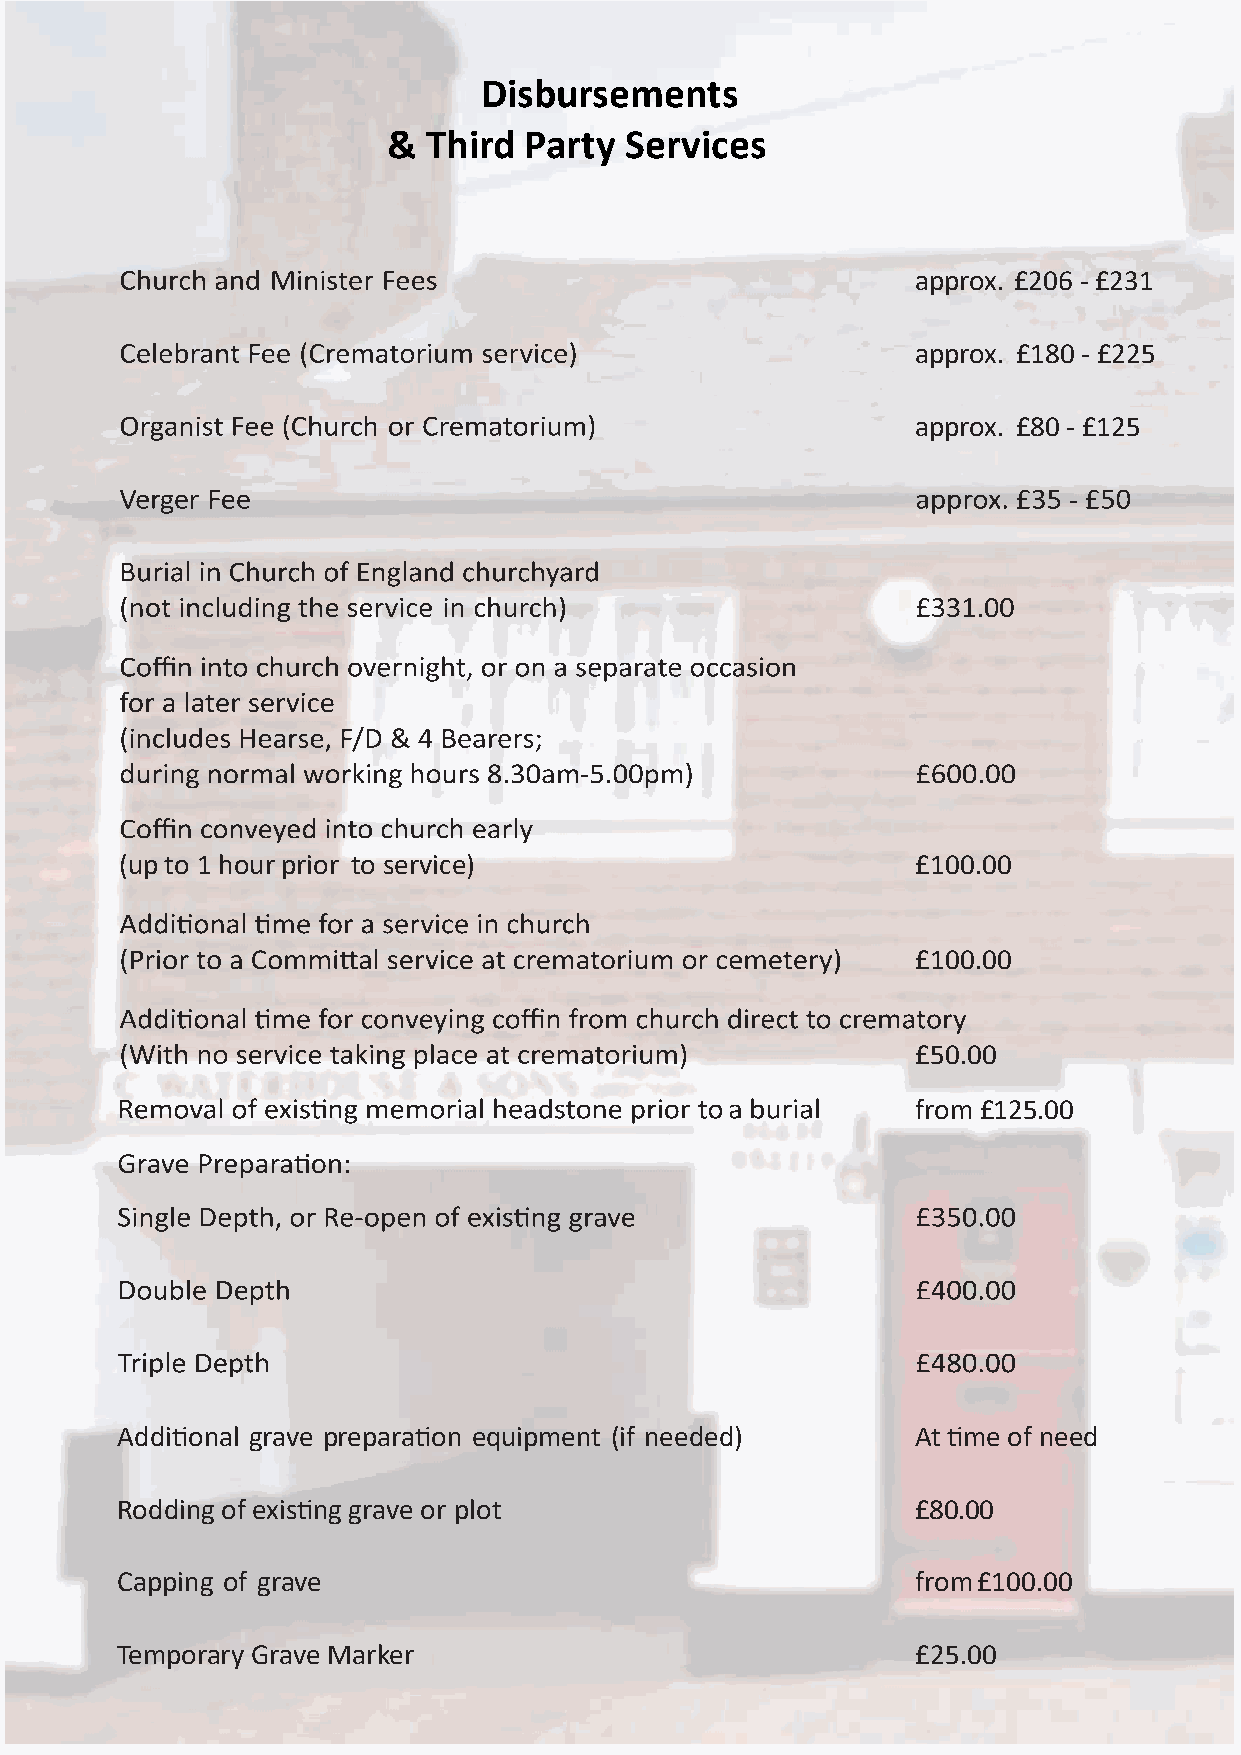
Disbursements
 & Third  Party Services
 approx. £206 - £231
 approx. £180 - £225
 approx. £80 - £125
 -
 (up to 1 hour prior to service)                      £100.00
 £100.00
 £50.00
 from £125.00
 Additional grave preparation equipment (if needed)   At time of need
 Rodding of existing grave or plot                    £80.00
 Capping of grave                                     from £100.00
 Temporary Grave Marker                               £25.00